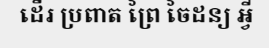
ដើរ ប្រពាត ព្រៃ ចៃដន្យ អ្វី